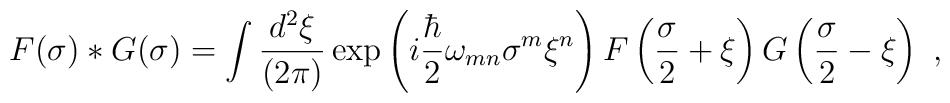
F(\sigma)  \ast   G(\sigma)=\int {d^{  2}\xi\over (2\pi)}\exp\left(  i  {\hbar\over 2} \omega_{mn}\sigma^m    \xi^n \right)F\left(  {\sigma \over 2}+ \xi  \right)G\left(  {\sigma  \over 2}- \xi  \right)\ ,